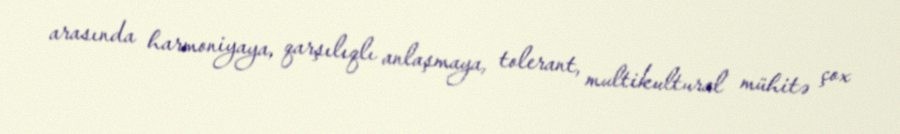
arasında harmoniyaya, qarşılıqlı anlaşmaya, tolerant, multikultural mühitə çox